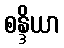
စန္ဒိယာ